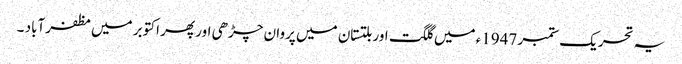
یہ تحریک ستمبر 1947ء میں گلگت اور بلتستان میں پروان چڑھی اور پھر اکتوبر میں مظفرآباد ۔